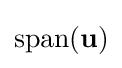
\operatorname {span} (\mathbf {u} )